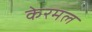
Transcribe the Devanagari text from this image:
केरमल